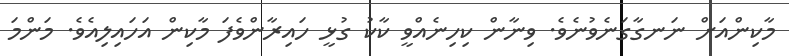
މާކިންއަށް ނަނގާގަނެވުނެވެ. ވިނާން ކިހިނެއްވީ ކާކު ގުޅީ ހައިރާންވެފަ މާކިން އަހައިލިއެވެ. މަންމަ